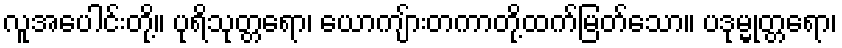
လူအပေါင်းတို့။ ပုရိသုတ္တရော၊ ယောကျ်ားတကာတို့ထက်မြတ်သော။ ပဒုမ္မုတ္တရော၊